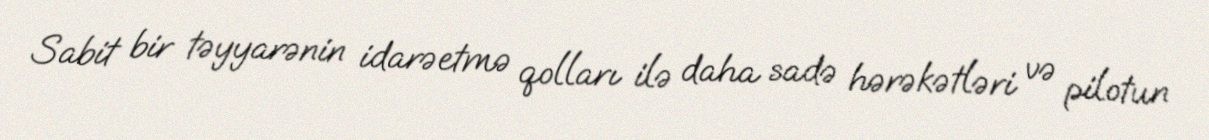
Sabit bir təyyarənin idarəetmə qolları ilə daha sadə hərəkətləri və pilotun